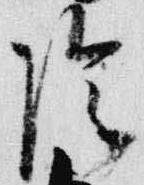
陰